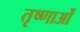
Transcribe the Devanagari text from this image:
तृष्णाओं